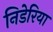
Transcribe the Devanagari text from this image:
निडेरिया